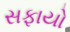
સફાયો